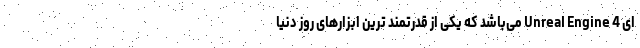
ای Unreal Engine 4 می‌باشد که یکی از قدرتمند ترین ابزارهای روز دنیا